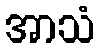
အာသံ